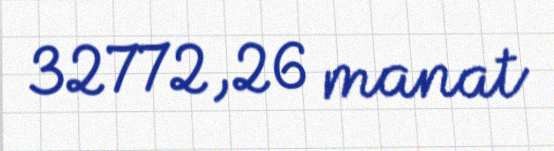
32772,26 manat